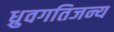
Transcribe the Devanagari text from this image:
ध्रुवगतिजन्य